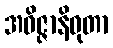
အဝိဇ္ဇာနိဝုတာ